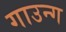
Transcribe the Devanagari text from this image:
गाउन्ग